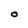
Character: O